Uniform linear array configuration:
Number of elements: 32
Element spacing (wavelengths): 0.5
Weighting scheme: uniform
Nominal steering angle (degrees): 45
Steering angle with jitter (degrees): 45.402
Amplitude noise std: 0.05
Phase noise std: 0.05

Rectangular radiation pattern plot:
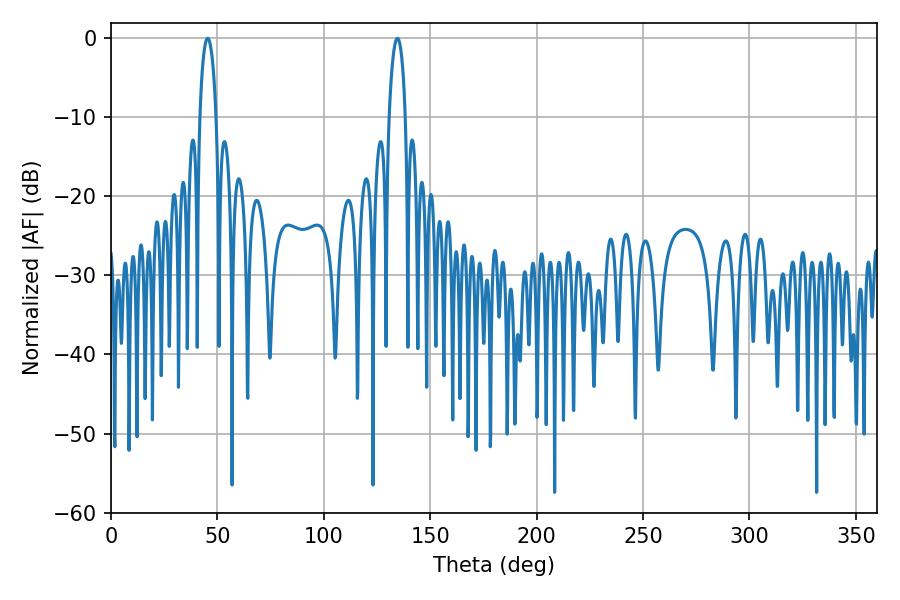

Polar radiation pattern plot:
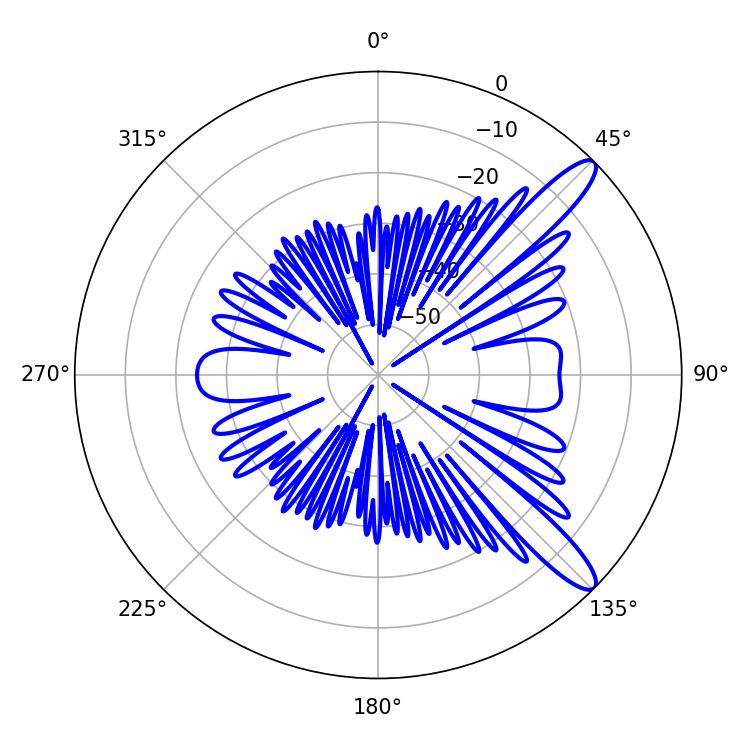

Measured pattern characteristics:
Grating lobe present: FALSE
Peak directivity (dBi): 12.035
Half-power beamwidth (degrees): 4.5
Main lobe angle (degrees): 45.36